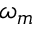
\omega _ { m }